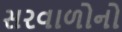
સરવાળોનો